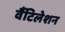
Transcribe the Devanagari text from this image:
वैंटिलेशन